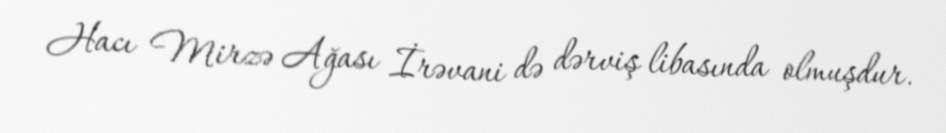
Hacı Mirzə Ağası İrəvani də dərviş libasında olmuşdur.